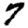
Digit: 7